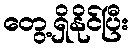
တွေ့ရှိနိုင်ပြီး